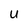
Character: U